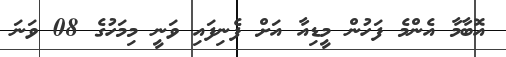
އޮބާމާ އެންމެ ފަހުން މީޑިއާ އަށް ފެނިފައި ވަނީ މިމަހުގެ 08 ވަނަ